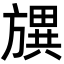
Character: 𣄗